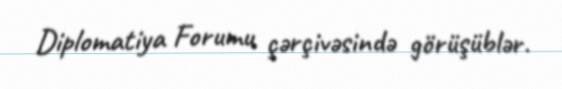
Diplomatiya Forumu çərçivəsində görüşüblər.